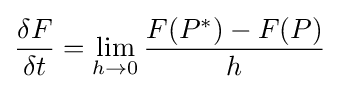
{\frac {\delta F}{\delta t}}=\lim _{h\to 0}{\frac {F(P^{*})-F(P)}{h}}